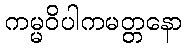
ကမ္မဝိပါကမတ္တနော